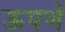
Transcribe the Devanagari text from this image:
ऊपजे